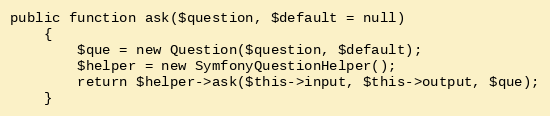
Language: PHP
public function ask($question, $default = null)
    {
        $que = new Question($question, $default);
        $helper = new SymfonyQuestionHelper();
        return $helper->ask($this->input, $this->output, $que);
    }